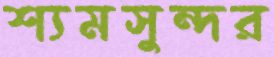
শ্যমসুন্দর